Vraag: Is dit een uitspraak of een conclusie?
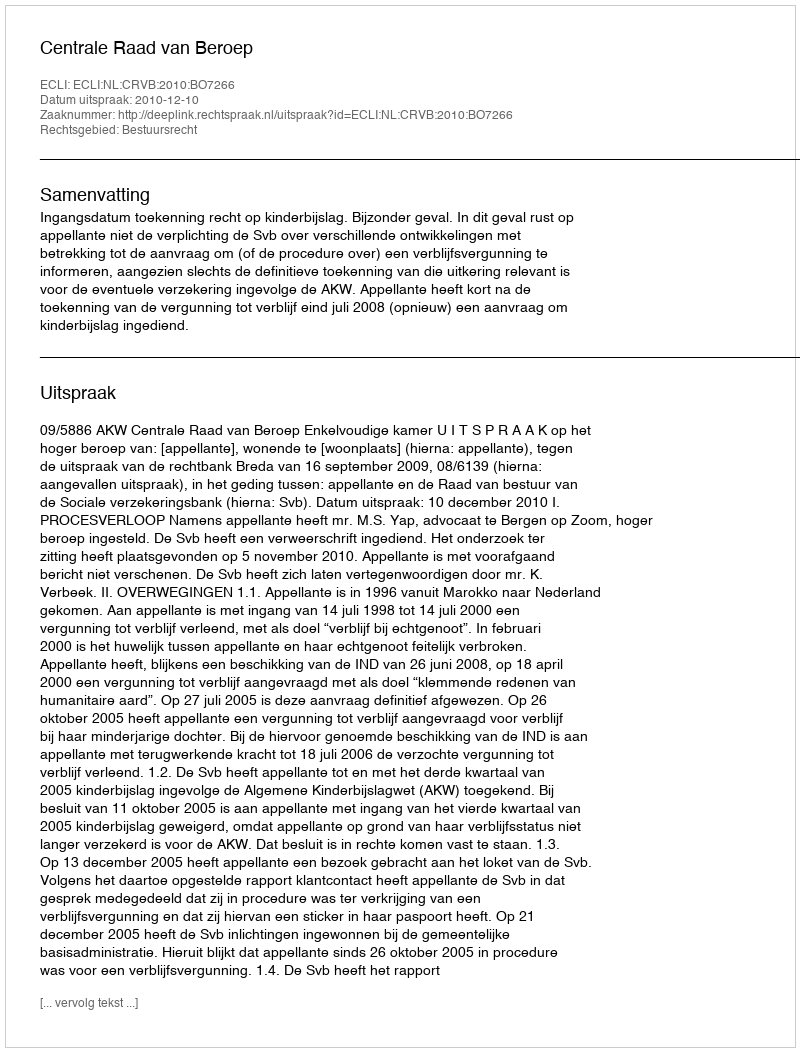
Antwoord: Uitspraak